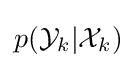
p({\mathcal {Y}}_{k}|{\mathcal {X}}_{k})